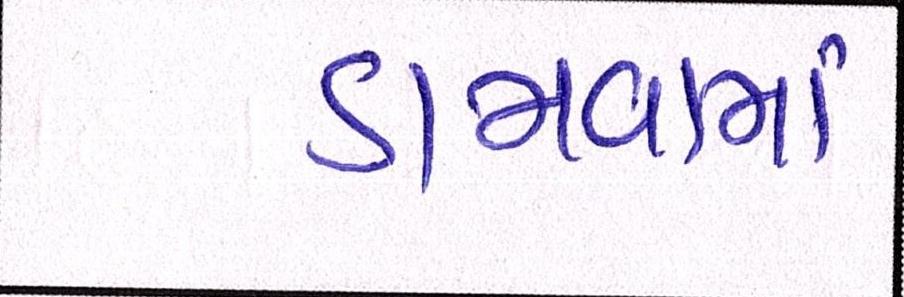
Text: ડામવામાં